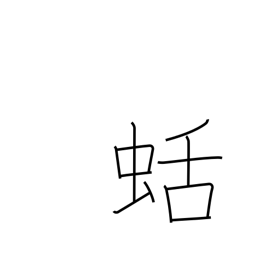
Meaning: kind of slug